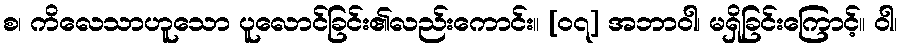
စ၊ ကိလေသာဟူသော ပူလောင်ခြင်း၏လည်းကောင်း။ [၀၇] အဘာဝါ၊ မရှိခြင်းကြောင့်။ ဝါ၊